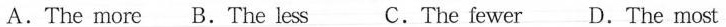
A.The more B.The less C.The fewer D.The most